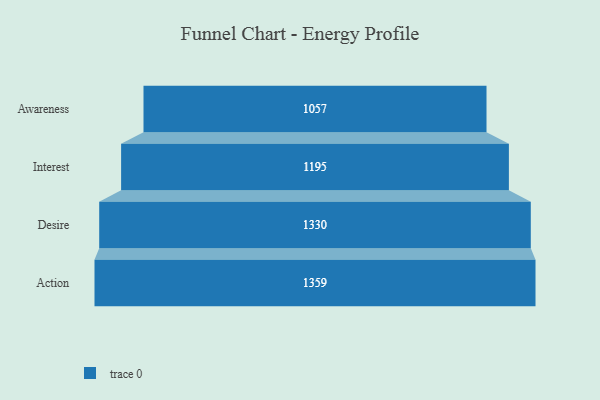
{"axis": {"x": "Stage", "y": "Value"}, "legend": [""], "data": [{"x": "Awareness", "y": 1057.0, "type": ""}, {"x": "Interest", "y": 1195.0, "type": ""}, {"x": "Desire", "y": 1330.0, "type": ""}, {"x": "Action", "y": 1359.0, "type": ""}]}